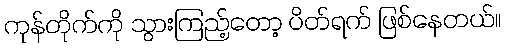
ကုန်တိုက်ကို သွားကြည့်တော့ ပိတ်ရက် ဖြစ်နေတယ်။